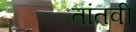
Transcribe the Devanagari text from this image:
तांतवी